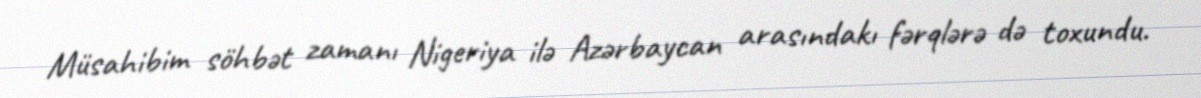
Müsahibim söhbət zamanı Nigeriya ilə Azərbaycan arasındakı fərqlərə də toxundu.